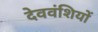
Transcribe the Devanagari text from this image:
देववंशियों